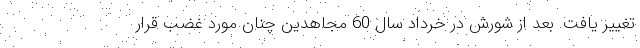
تغییر یافت. بعد از شورش در خرداد سال 60 مجاهدین چنان مورد غضب قرار